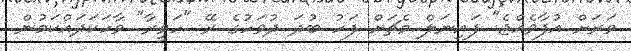
ވަރަށް އުފާވެއްޖެ" ފައިނަލް މެޗަށް ފަހު ބުދަ ދުވަހުގެ ރޭ "ހަވީރާ" ވާހަކަދައްކަމުން